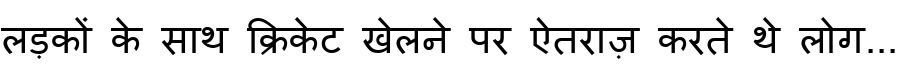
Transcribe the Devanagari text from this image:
लड़कों के साथ क्रिकेट खेलने पर ऐतराज़ करते थे लोग...